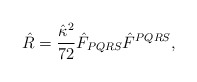
\begin{align*}{\hat{R}=\frac{\hat{\kappa}^2}{72}\hat{F}_{PQRS}\hat{F}^{PQRS},}\end{align*}